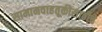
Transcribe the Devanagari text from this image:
सामानवाहतूकीसाठीचे